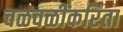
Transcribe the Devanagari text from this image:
चळवळींकरिता